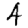
Digit: 4